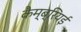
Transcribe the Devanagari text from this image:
कैम्ब्रियई